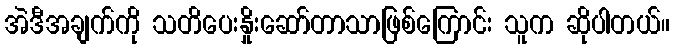
အဲဒီအချက်ကို သတိပေးနှိုးဆော်တာသာဖြစ်ကြောင်း သူက ဆိုပါတယ်။